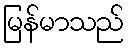
မြန်မာသည်